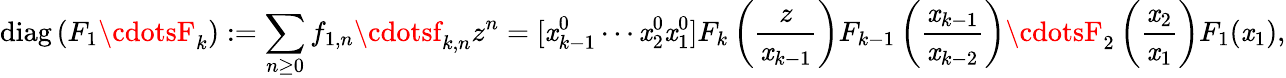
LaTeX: \operatorname{diag}\left(F_{1}\cdotsF_{k}\right):=\sum_{n\geq0}f_{1,n}\cdotsf_{k,n}z^{n}=[\mathit{x}_{k-1}^{0}\cdots\mathit{x}_{2}^{0}\mathit{x}_{1}^{0}]F_{k}\left({\frac{{z}}{{\mathit{x}_{k-1}}}}\right)F_{k-1}\left({\frac{{\mathit{x}_{k-1}}}{{\mathit{x}_{k-2}}}}\right)\cdotsF_{2}\left({\frac{{\mathit{x}_{2}}}{{\mathit{x}_{1}}}}\right)F_{1}(\mathit{x}_{1}),